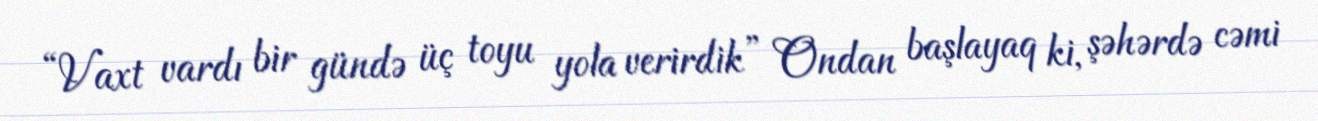
“Vaxt vardı bir gündə üç toyu yola verirdik” Ondan başlayaq ki, şəhərdə cəmi